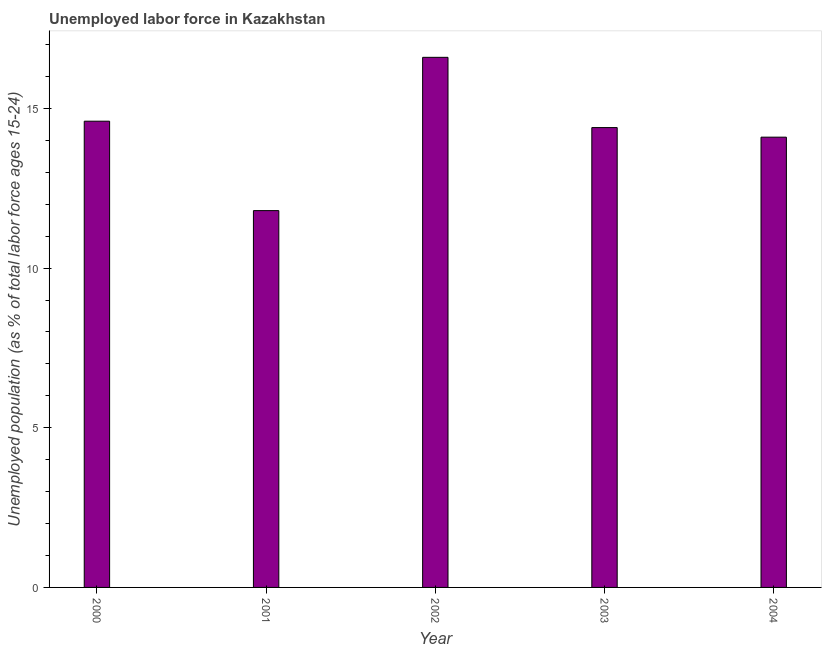
| Year | Unemployment |
 | --- | --- |
 | 2000 | 14.6 |
 | 2001 | 11.8 |
 | 2002 | 16.6 |
 | 2003 | 14.4 |
 | 2004 | 14.1 |